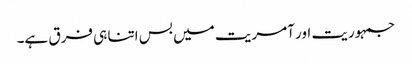
جمہوریت اور آمریت میں بس اتنا ہی فرق ہے۔